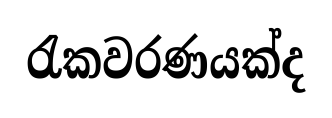
රැකවරණයක්ද